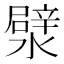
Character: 㵨